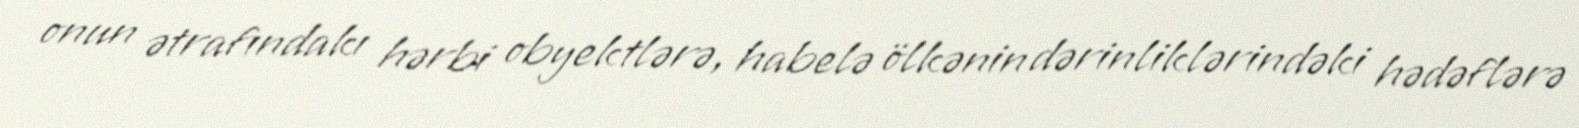
onun ətrafındakı hərbi obyektlərə, habelə ölkənin dərinliklərindəki hədəflərə